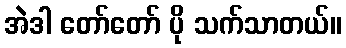
အဲဒါ တော်တော် ပို သက်သာတယ်။